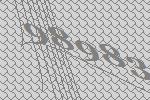
98983